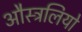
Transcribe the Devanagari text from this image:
औस्त्रलियो